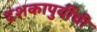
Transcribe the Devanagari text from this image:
दशकापुर्वीची